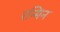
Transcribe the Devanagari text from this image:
रन्मिन